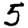
Digit: 5